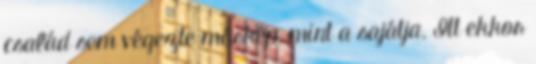
család sem végezte máskép, mint a sajátja. Itt ekkor